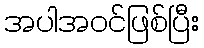
အပါအဝင်ဖြစ်ပြီး